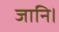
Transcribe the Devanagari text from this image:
जानि।